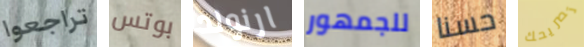
تراجعوا بوتس ارنولد للجمهور حسنا تصريحك